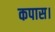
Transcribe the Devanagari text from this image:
कपास।